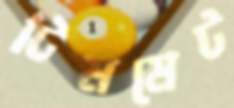
টিমমেট